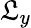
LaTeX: \mathfrak{L}_{y}